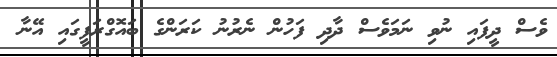
ވެސް ދީފައި ނުވި ނަމަވެސް ދާދި ފަހުން ނެރުނު ކަރަންގެ ބައޮގްރަފީގައި އޭނާ